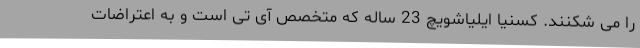
را می شکنند. کسنیا ایلیاشویچ 23 ساله که متخصص آی تی است و به اعتراضات